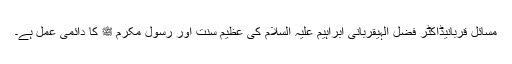
مسائل قربانیڈاکٹر فضل الٰہیقربانی ابراہیم علیہ السلام کی عظیم سنت اور رسول مکرم ﷺ کا دائمی عمل ہے۔